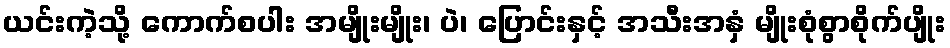
ယင်းကဲ့သို့ ကောက်စပါး အမျိုးမျိုး၊ ပဲ၊ ပြောင်းနှင့် အသီးအနှံ မျိုးစုံစွာစိုက်ပျိုး